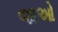
જાઓ